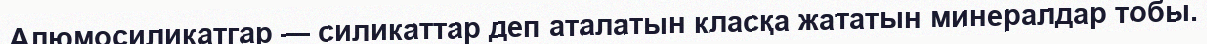
Алюмосиликатгар — силикаттар деп аталатын класқа жататын минералдар тобы.